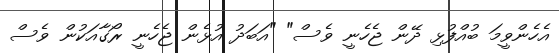
އެހެންވީމަ ބުއްފުޅި ދޭން ޖެހެނީ ވެސް" "އަބަދު އުޅެން ޖެހެނީ ރޯގާއަކުން ވެސް